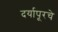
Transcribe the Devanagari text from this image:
दर्यापूरचे